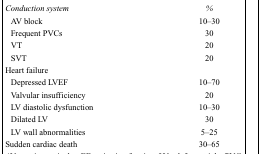
<table><thead><tr><td><b><i>Conduction system</i></b></td><td><b><i>%</i></b></td></tr></thead><tbody><tr><td>AV block</td><td>10–30</td></tr><tr><td>Frequent PVCs</td><td>30</td></tr><tr><td>VT</td><td>20</td></tr><tr><td>SVT</td><td>20</td></tr><tr><td colspan="2">Heart failure</td></tr><tr><td>Depressed LVEF</td><td>10–70</td></tr><tr><td>Valvular insufficiency</td><td>20</td></tr><tr><td>LV diastolic dysfunction</td><td>10–30</td></tr><tr><td>Dilated LV</td><td>30</td></tr><tr><td>LV wall abnormalities</td><td>5–25</td></tr><tr><td>Sudden cardiac death</td><td>30–65</td></tr></tbody></table>